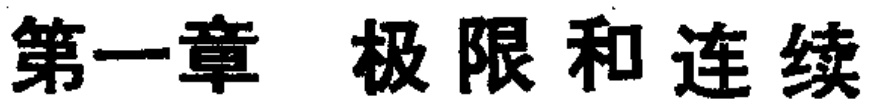
第一章 极限和连续